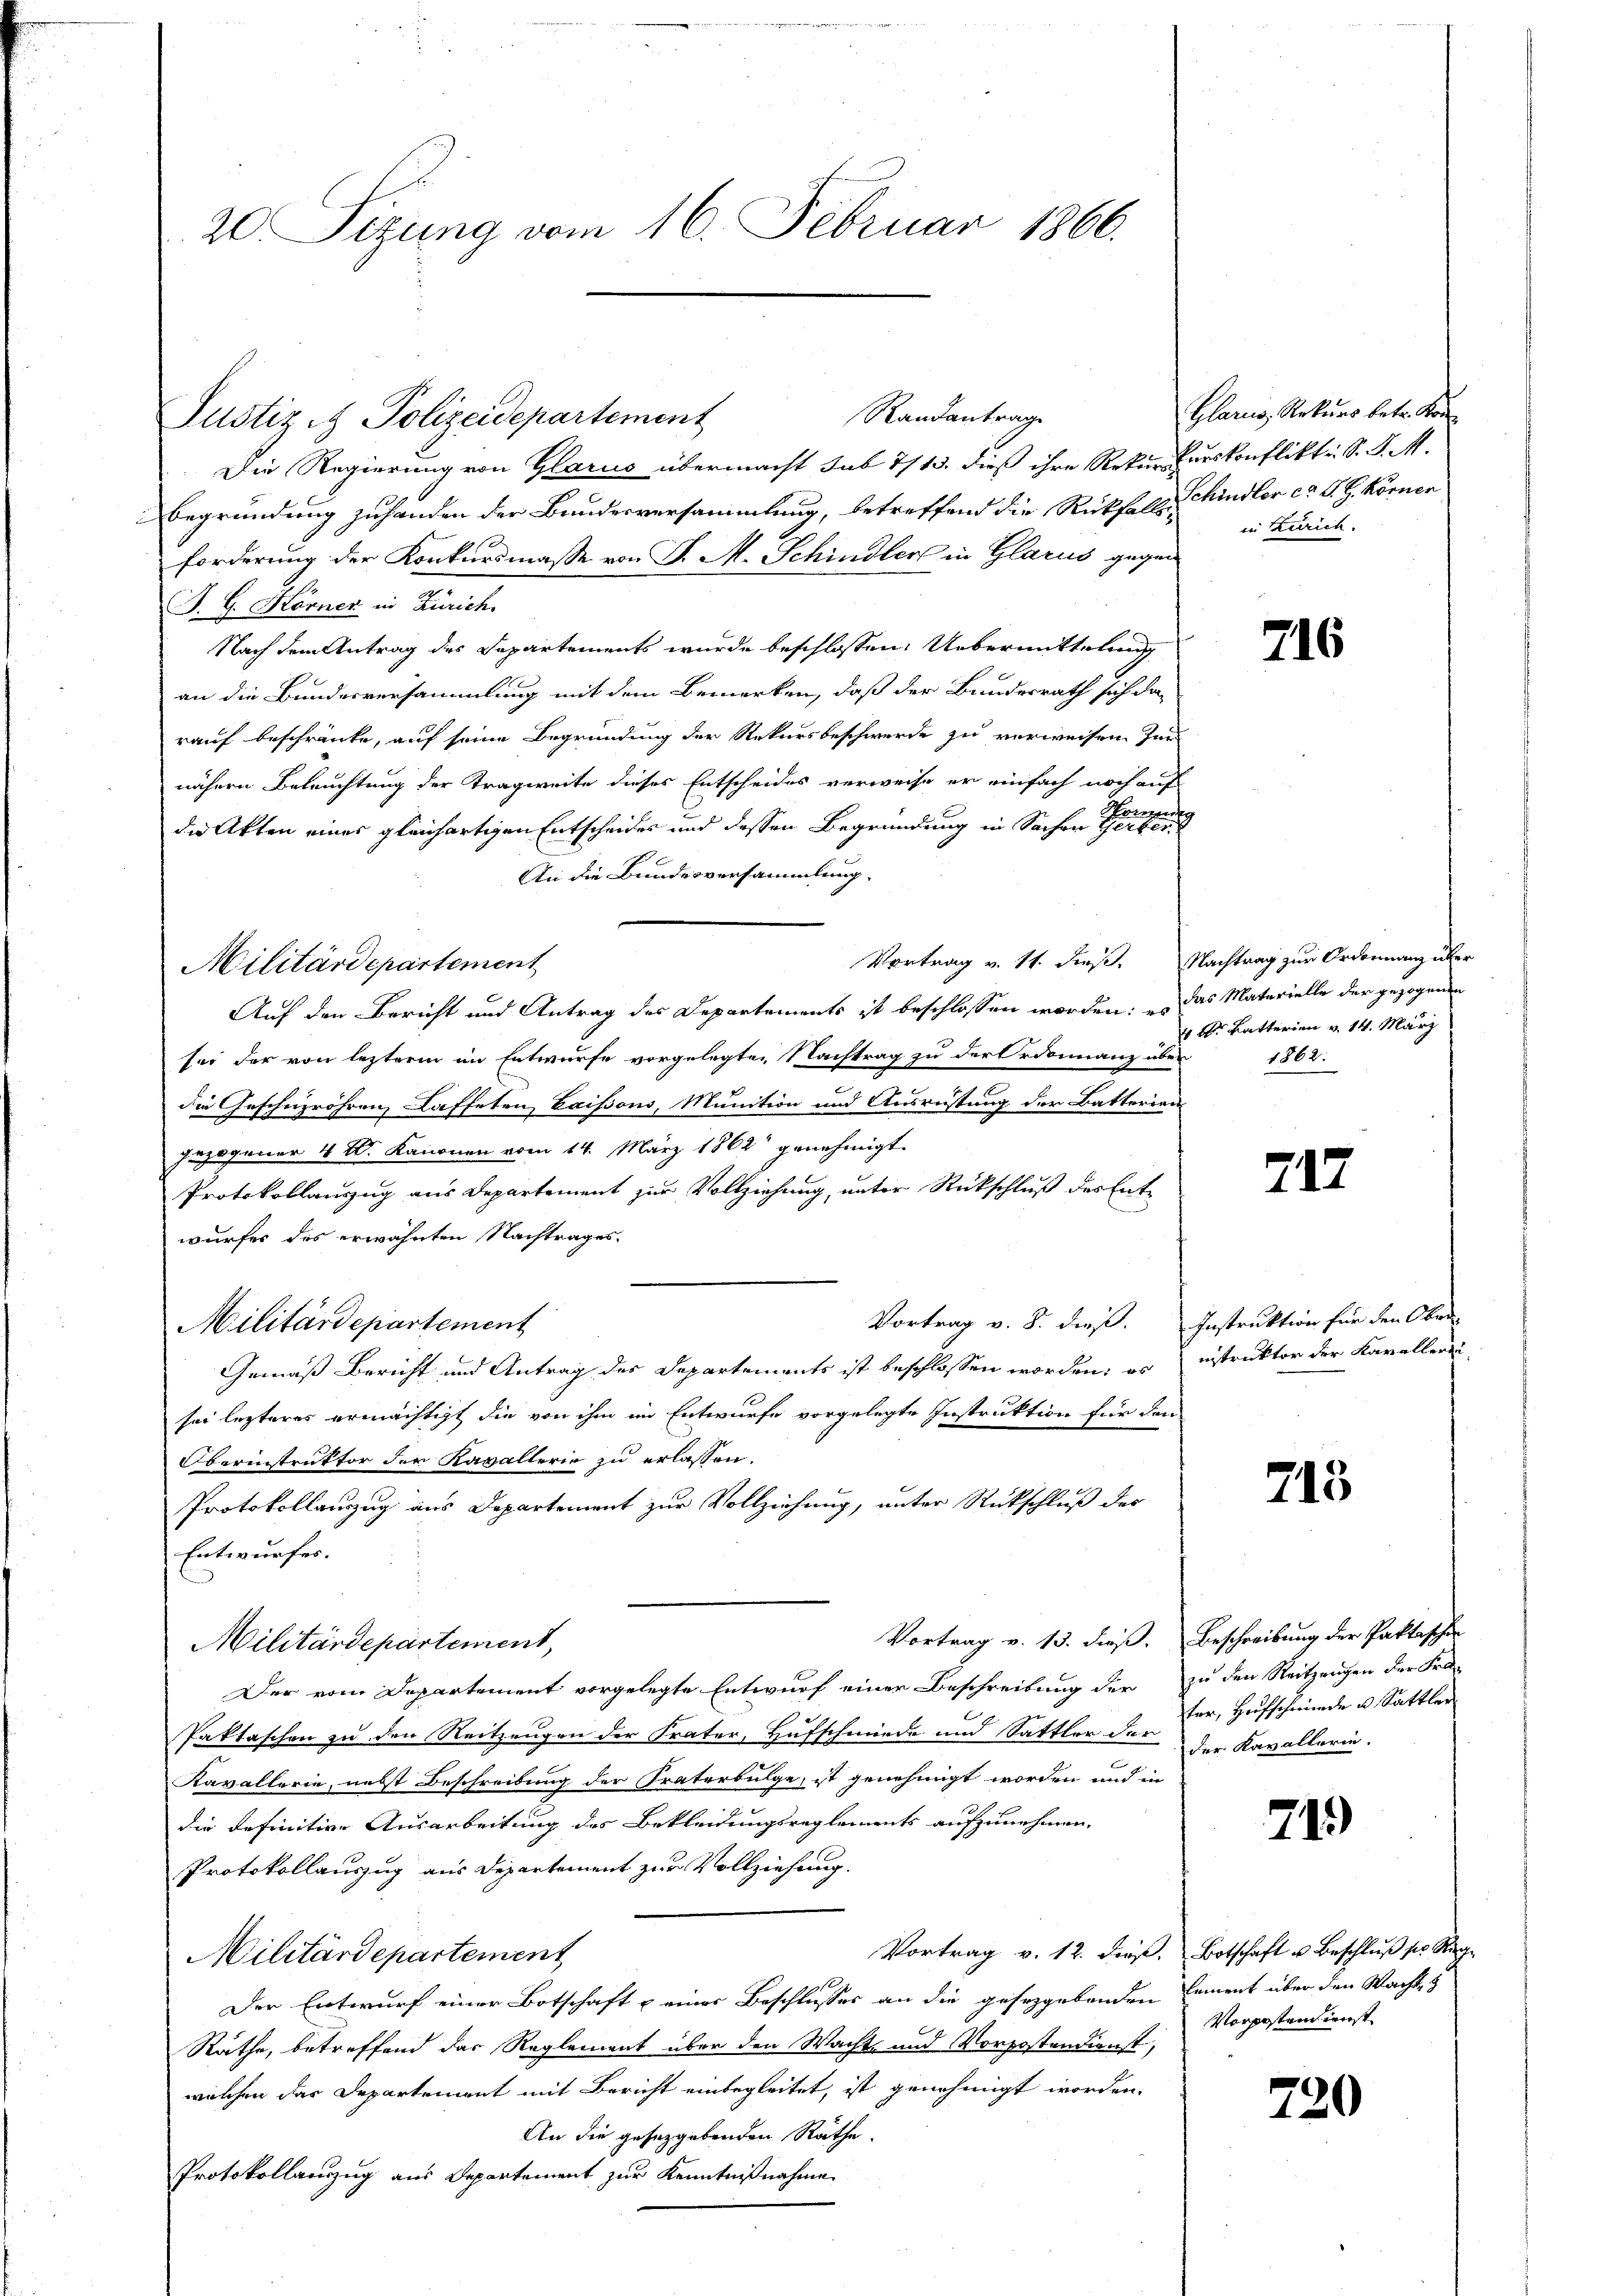
20 Sizung vom 16. Februar 1866.

Justiz & Polizeidepartement

Die Regierung von Glarus übermacht sub 7/13. dieß ihre Rekurkurskonflikti. S. S. M.
Begründung zuhanden der Bundesversammlung, betreffend die Rückfall Schindler ca. O. G. Körner
forderung der Konkursmasse von P. M. Schindler in Glarus gegen
J. G. Hörner in Zürich.
Nach dem Antrag des Departements wurde beschlossen Uebermittelung
an die Bundesversammlung mit dem Bemerken, daß der Bundesrath sich das
rauf beschränke, auf seine Begründung der Rekursbeschwerde zu verweisen zur
nähern Beleuchtung der Tragweite dieses Entscheides verweise er einfach noch auf
Pren
die Akten eines gleichartigen Entscheides und dessen Begründung in Sachen Gerberei
An die Bundesversammlung.
Auf den Bericht und Antrag des Departements ist beschlossen worden; es das Materielle der gezogenen
sei der von lezterm im Entwurfe vorgelegten Nachtrag zu der Ordinanz über
die Geschuzröhren Kaffeten, Gaisons, Munition und Ausrüstung der Batterien
gezogener 4 t. Kanonen vom 14. März 1862 genehmigt.
Protokollanzug aus Departement zur Vollziehung, unter Rückschluß des Entwurfes des erwähnten Nachtrages.
Vortrag v. 8. dieß. Instruktion für den Ober¬
Militärdepartement
Gemäß Bericht und Antrag des Departements ist beschlossen worden; es instruktor der Kavallen
sei lezteres ermächtigt die von ihm im Entwurfe vorgelegte Instruktion für den
Oberinstruktor der Kavallerie zu erlassen.
Protokollauszug aus Departement zur Vollziehung, unter Rückschluß des
Entwurfes.
Vortrag v. 13. dieß. Beschreibung der Paktischer
Militärdepartement,
Der vom Departement vorgelegte Entwurf einer Beschreibung der zu den Reitzengen der Fra-
Paktaschen zu den Reitzeugen der Frater, Hufschmiede und Sattler der der Kavallerie.
Kavallerie, nebst Beschreibung der Fraterbulge, ist genehmigt worden und in
die definitive Ausarbeitung des Bekleidungsreglements aufzunehmen.
Protokollauszug aus Departement zur Vollziehung.
Vortrag v. 12. dieß. Botschaft u. Beschluß sei Riege
Militärdepartement
Der Entwurf einer Botschaft & einer Beschlusses an die gesetzgebenden Cament über den Wachte &
Räthe, betreffend das Reglement über den Wachte und Vorpostendienst,
welchen das Departement mit Bericht einbegleitet, ist genehmigt worden.
An die gesetzgebenden Räthe.
Protokollanzzug aus Departement zur Kenntnißnahme

Militärdepartement

Randantrage

Glarus, Rekurs betr. Kon
in Zürich.

Vortrag v. 11. dieß. Nachtrag zur Ordonnanz über

716

4 Al. Batterien v. 14. März
1862.

717

713

ter, Hufschmiede u. Sattler

71)

Vorpostendienst

720